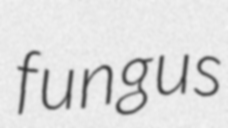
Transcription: fungus